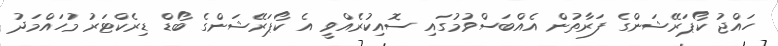
ހައްޖު ކޯޕަރޭޝަންގެ ފަރާތުން އެއްބަސްވުމުގައި ސޮއިކުރެއްވީ އެ ކޯޕަރޭޝަންގެ ބޯޑް ޑިރެކްޓަރު މުހައްމަދު